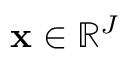
\mathbf { x } \in \mathbb { R } ^ { J }